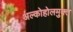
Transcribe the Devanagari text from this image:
अल्कोहोलमुक्त